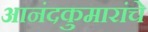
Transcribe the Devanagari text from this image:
आनंदकुमारांचे